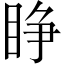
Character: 睁